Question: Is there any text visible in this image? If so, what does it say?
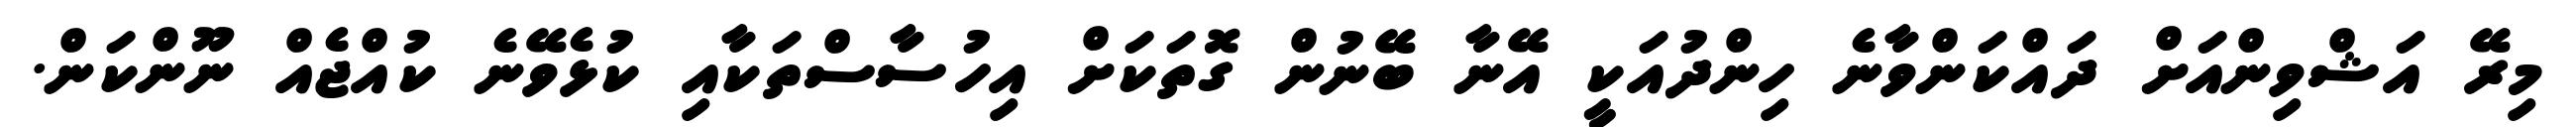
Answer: މިރޭ އަޝްވިންއަށް ދައްކަންވާނެ ހިންދުއަކީ އޭނާ ބޭނުން ގޮތަކަށް އިހުސާސްތަކާއި ކުޅެވޭނެ ކުއްޖެއް ނޫންކަން.